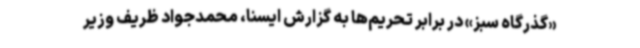
«گذرگاه سبز» در برابر تحریم‌ها به گزارش ایسنا، محمدجواد ظریف وزیر